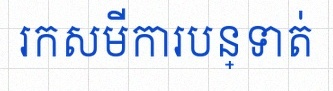
រកសមីការបន្ទាត់